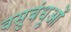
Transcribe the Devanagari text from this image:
वसुबंधुओं